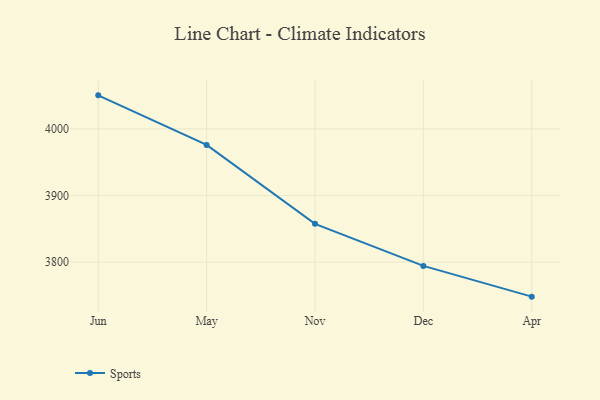
{"axis": {"x": "Month", "y": "Backlog"}, "legend": ["Sports"], "data": [{"x": "Jun", "y": 4050.3, "type": "Sports"}, {"x": "May", "y": 3975.9, "type": "Sports"}, {"x": "Nov", "y": 3857.4, "type": "Sports"}, {"x": "Dec", "y": 3794.3, "type": "Sports"}, {"x": "Apr", "y": 3748.1, "type": "Sports"}]}